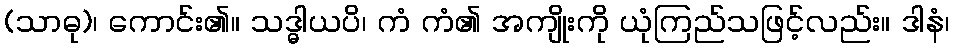
(သာဓု)၊ ကောင်း၏။ သဒ္ဓါယပိ၊ ကံ ကံ၏ အကျိုးကို ယုံကြည်သဖြင့်လည်း။ ဒါနံ၊